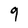
Character: 9